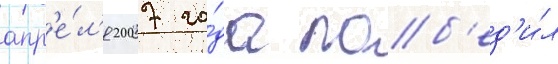
апр'е́л'я 2007 го́да поб'ед'и́л